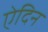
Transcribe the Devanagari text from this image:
ऐदिन